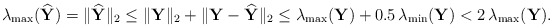
\begin{align*}\lambda_{\mathrm{max}}(\widehat{\mathbf{Y}}) = \|\widehat{\mathbf{Y}}\|_2 \leq \|\mathbf{Y}\|_2 + \|\mathbf{Y} - \widehat{\mathbf{Y}}\|_2 \leq \lambda_{\mathrm{max}}(\mathbf{Y}) + 0.5\, \lambda_{\mathrm{min}}(\mathbf{Y}) < 2\,\lambda_{\mathrm{max}}(\mathbf{Y}).\end{align*}